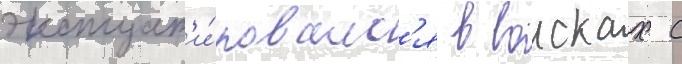
эксплуат'и́ровалс'я в воисках с